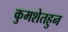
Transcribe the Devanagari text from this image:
कुमशेतहुन